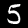
Digit: 5